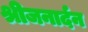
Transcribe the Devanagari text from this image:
श्रीजनार्दन